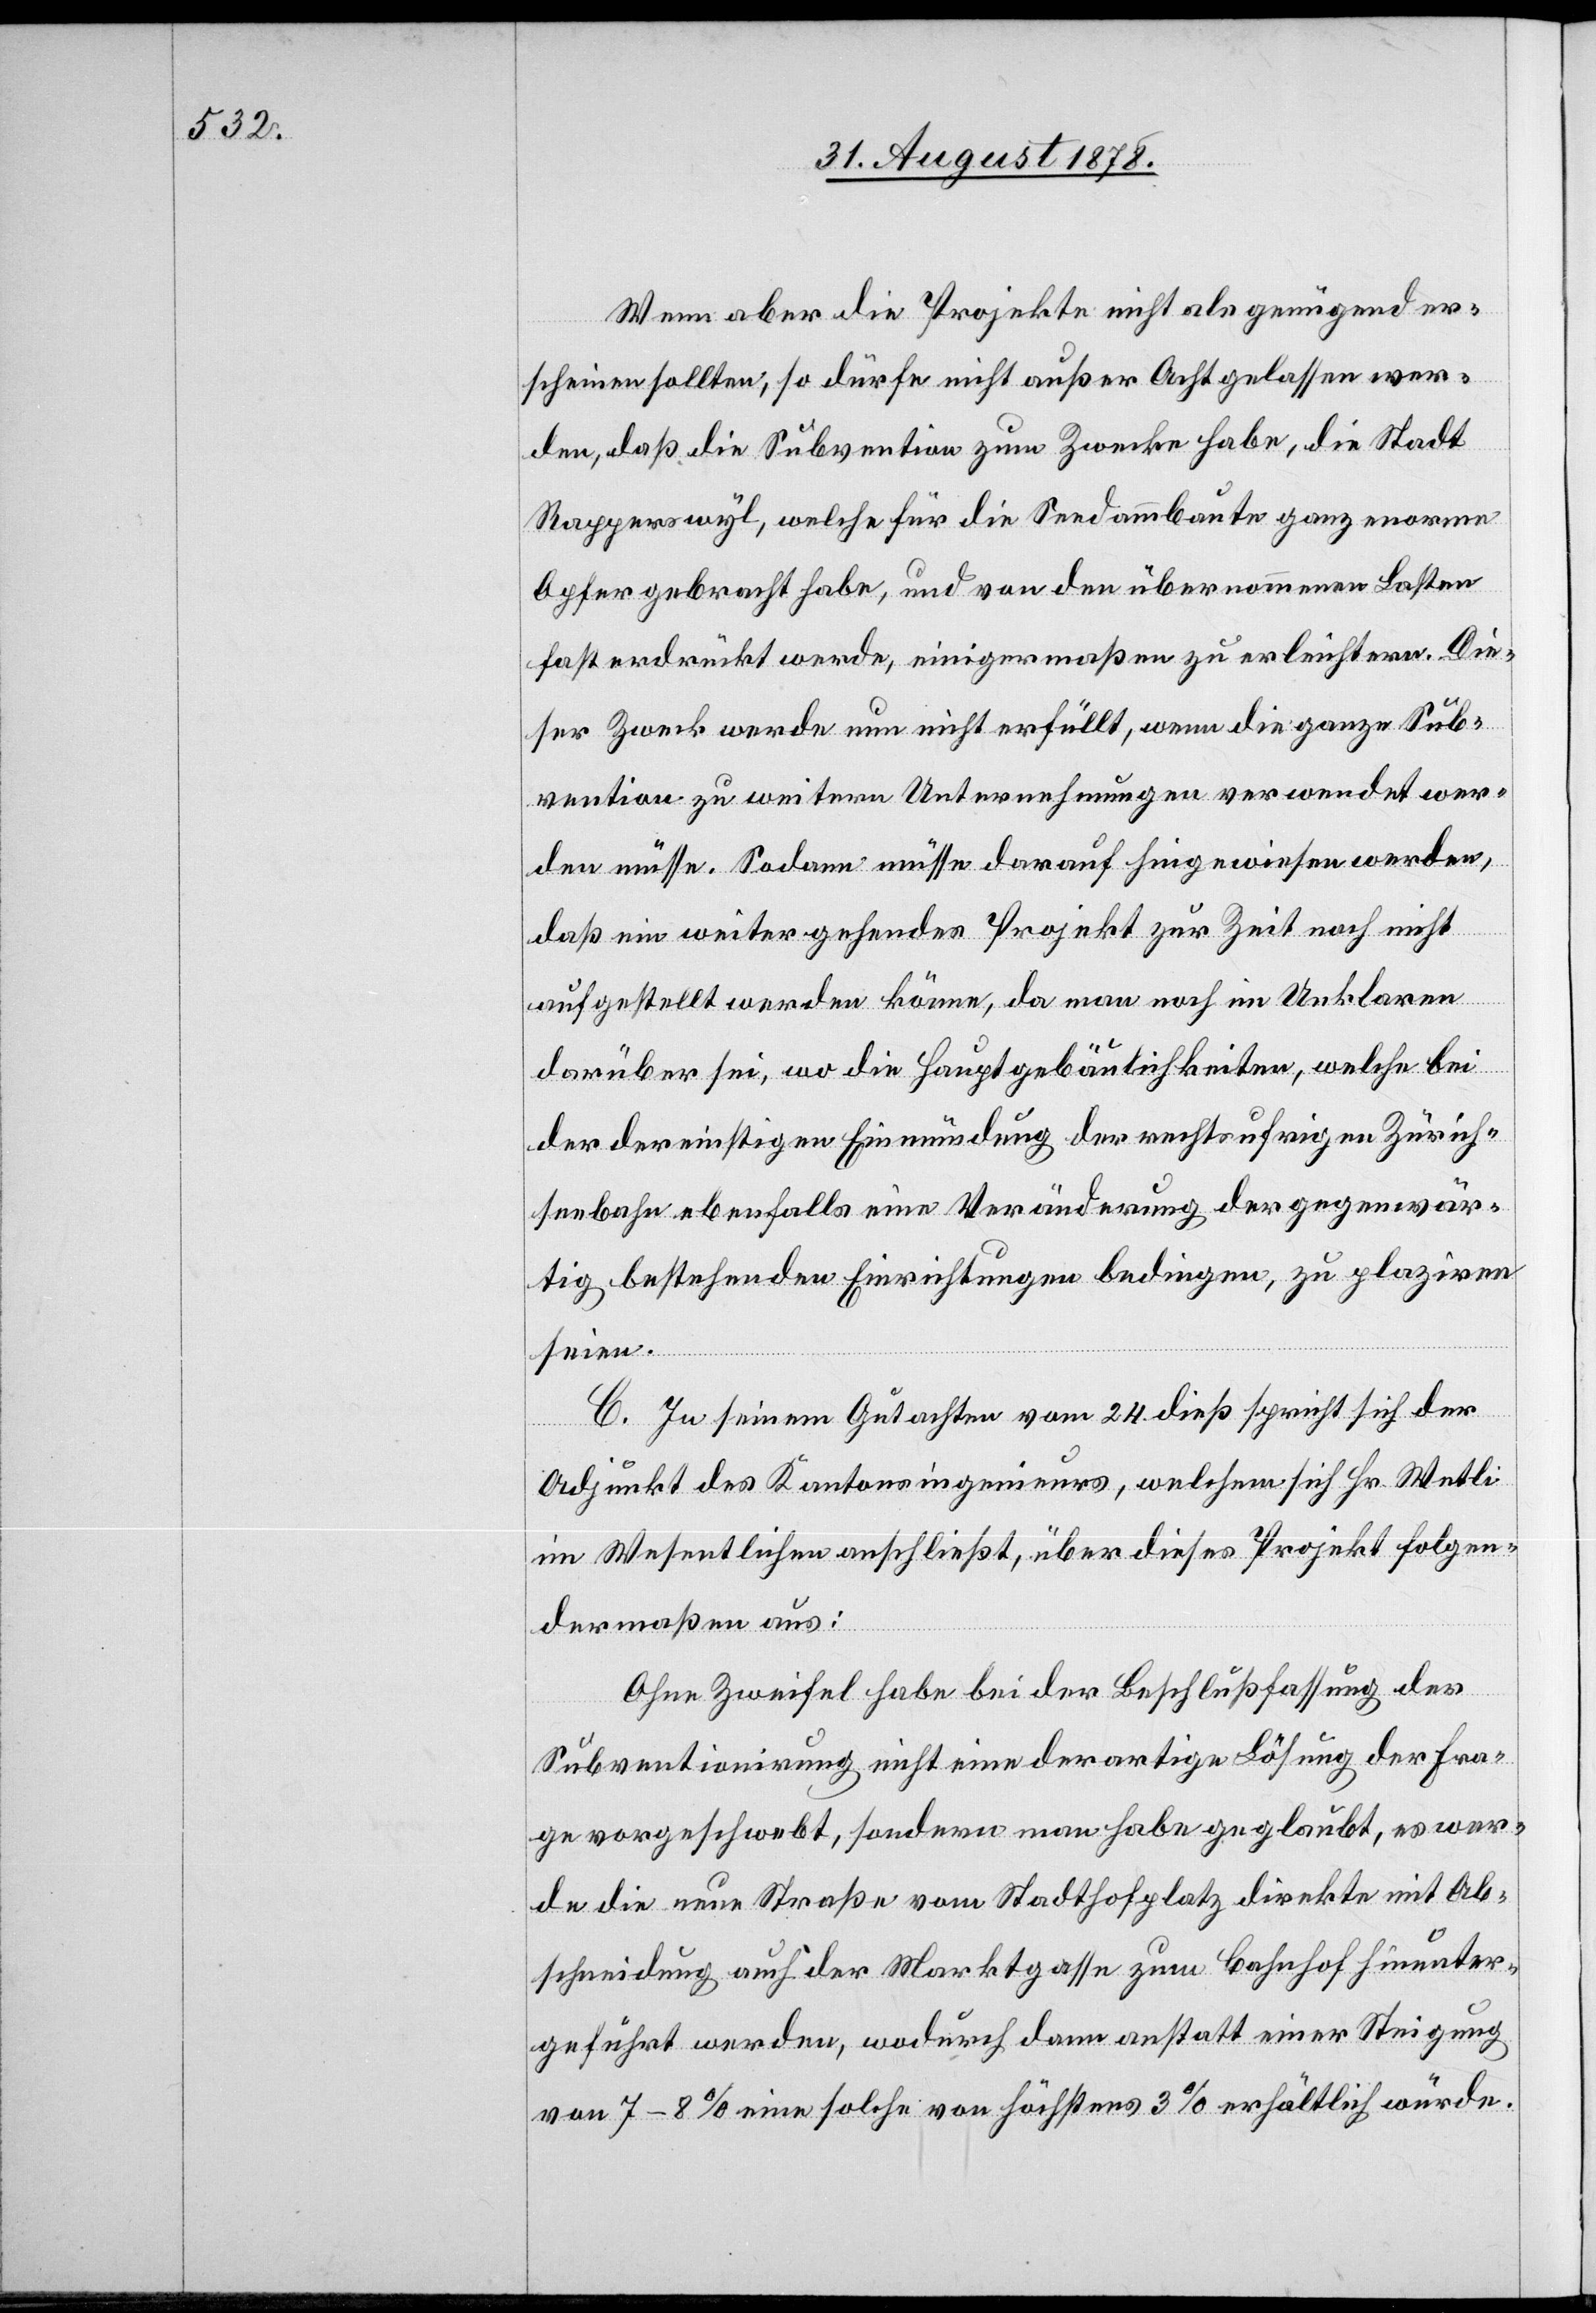
Wenn aber die Projekte nicht als genügend er¬
scheinen sollten, so dürfe nicht außer Acht gelassen wer¬
den, daß die Subvention zum Zwecke habe, die Stadt
Rapperswyl, welche für die Seedammbaute ganz enorme
Opfer gebracht habe, und von den übernommenen Lasten
fast erdrückt werde, einigermaßen zu erleichtern. Die¬
ser Zwecke wurde nun nicht erfüllt, wenn die ganze Sub¬
vention zu weitern Untersuchungen verwendet wer¬
den müsse. Sodann müsse darauf hingewiesen werden,
daß ein weiter gehendes Projekt zur Zeit noch nicht
aufgestellt werden könne, da man noch im Unklaren
darüber sei, wo die Hauptgebäulichkeiten, welche bei
der dereinstigen Einmündung der rechtsufrigen Zürich¬
seebahn ebenfalls eine Veränderung der gegenwär¬
tig bestehenden Einrichtungen bedingen, zu platziren
seien.
C. In seinem Gutachten vom 24. dieß spricht sich der
Adjunkt des Kantonsingenieurs, welchem sich Hr. Wetli
im Wesentlichen anschließt, über dieses Projekt folgen¬
dermaßen aus:
Ohne Zweifel habe bei der Beschlussfassung der
Subventionirung nicht eine derartige Lösung der Fra¬
ge vorgeschwebt, sondern man habe geglaubt, es wer¬
de die neue Straße vom Stadthofplatz direkte mit Ab¬
schneidung auch der Marktgasse zum Bahnhof hinunter¬
geführt werden, wodurch dann anstatt einer Steigung
von 7–8% eine solche von höchstens 3% erhältlich würde.